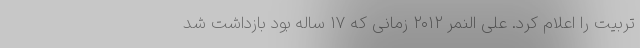
تربیت را اعلام کرد. علی النمر ۲۰۱۲ زمانی که ۱۷ ساله بود بازداشت شد